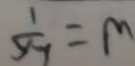
\frac { 1 } { y - 1 } = m